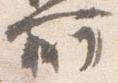
所